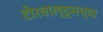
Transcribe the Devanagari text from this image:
टोरवाल्ड्सच्या